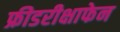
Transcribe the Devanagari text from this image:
फ्रीडरीक्षाफेन